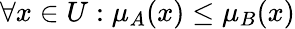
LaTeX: \forall x\in U:\mu_{A}(x)\leq\mu_{B}(x)